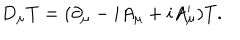
LaTeX: D _ { \mu } T = ( \partial _ { \mu } - i A _ { \mu } + i A _ { \mu } ^ { \prime } ) T .